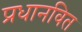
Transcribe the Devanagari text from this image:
प्रधानवित